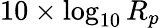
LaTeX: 10\times\log_{10}R_{p}